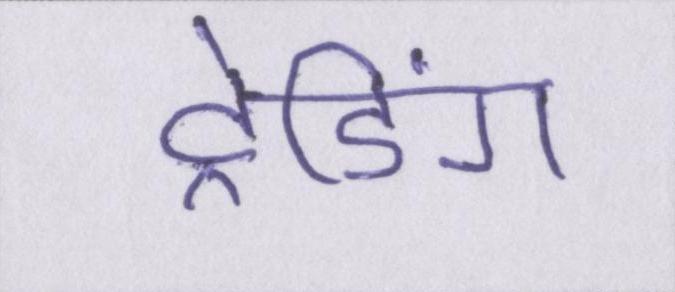
ट्रेडिंग